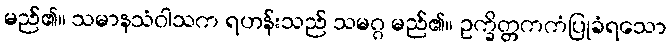
မည်၏။ သမာနသံဝါသက ရဟန်းသည် သမဂ္ဂ မည်၏။ ဥက္ခိတ္တကကံပြုခံရသော